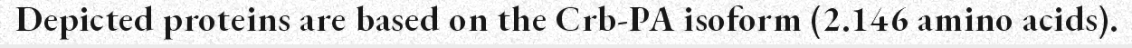
Depicted proteins are based on the Crb-PA isoform (2.146 amino acids).